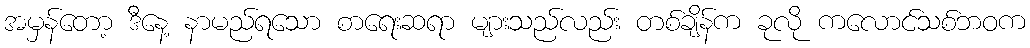
အမှန်တော့ ဒီနေ့ နာမည်ရသော စာရေးဆရာ များသည်လည်း တစ်ချိန်က ခုလို ကလောင်သစ်ဘဝက